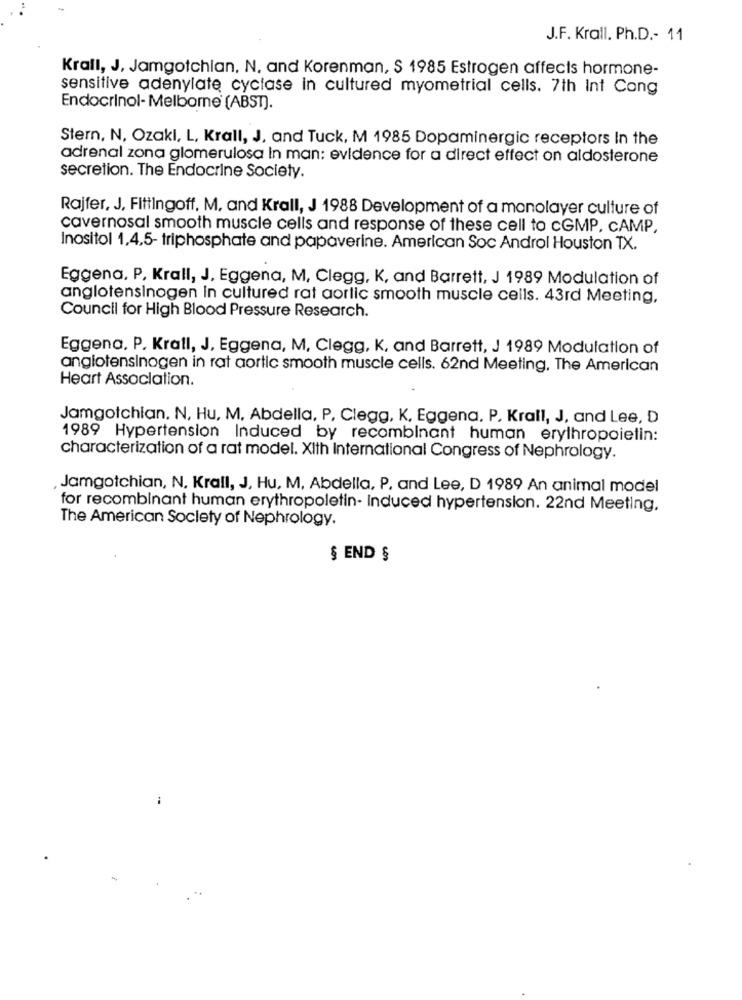
J.F. Krall. Ph.D .- 11
Krall, J, Jamgotchian, N, and Korenman, S 1985 Estrogen affects hormone-
sensitive adenylate cyclase in cultured myometrial cells. 7th Int Cong
Endocrinol- Melborne [ABST).
Stern, N, Ozakl, L, Krall, J, and Tuck, M 1985 Dopaminergic receptors In the
adrenal zona glomerulosa In man: evidence for a direct effect on aldosterone
secretion. The Endocrine Society.
Rajfer, J, Fittingoff, M. and Krall, J 1988 Development of a monolayer culture of
cavernosal smooth muscle cells and response of these cell to cGMP, CAMP,
Inositol 1,4,5- triphosphate and papaverine. American Soc Androl Houston TX.
Eggena. P. Krall, J, Eggena, M, Clegg, K, and Barrett, J 1989 Modulation of
anglotensinogen in cultured rat aorlic smooth muscle cells. 43rd Meeting,
Council for High Blood Pressure Research.
Eggena. P. Krall, J, Eggena, M, Clegg, K, and Barrett, J 1989 Modulation of
angiotensinagen in rat aortic smooth muscle cells. 62nd Meeting. The American
Heart Association.
Jamgotchian. N, Hu, M, Abdella, P. Clegg, K, Eggena. P. Krall, J, and Lee, D
1989 Hypertension Induced by recombinant human erythropoietin:
characterization of a rat model. XIth International Congress of Nephrology.
Jamgotchian, N. Krall, J, Hu, M, Abdella, P, and Lee, D 1989 An animal model
for recombinant human erythropoletin- induced hypertension. 22nd Meeting,
The American Society of Nephrology.
§ END §